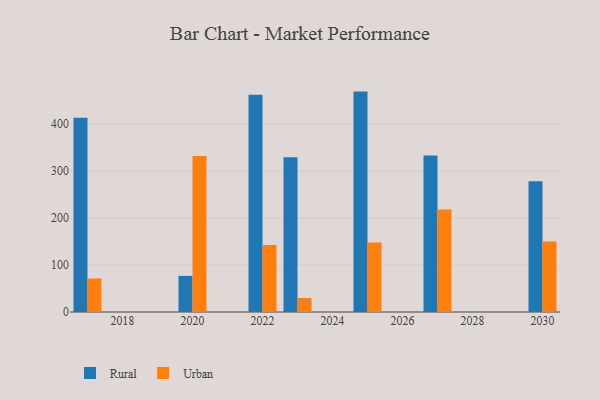
{"axis": {"x": "Year", "y": "Waste Production (Tons)"}, "legend": ["Rural", "Urban"], "data": [{"x": "2027", "y": 333.3, "type": "Rural"}, {"x": "2027", "y": 218.0, "type": "Urban"}, {"x": "2030", "y": 278.5, "type": "Rural"}, {"x": "2030", "y": 150.0, "type": "Urban"}, {"x": "2022", "y": 462.7, "type": "Rural"}, {"x": "2022", "y": 142.7, "type": "Urban"}, {"x": "2023", "y": 329.5, "type": "Rural"}, {"x": "2023", "y": 29.9, "type": "Urban"}, {"x": "2020", "y": 76.9, "type": "Rural"}, {"x": "2020", "y": 332.1, "type": "Urban"}, {"x": "2017", "y": 413.4, "type": "Rural"}, {"x": "2017", "y": 71.3, "type": "Urban"}, {"x": "2025", "y": 469.2, "type": "Rural"}, {"x": "2025", "y": 148.1, "type": "Urban"}]}